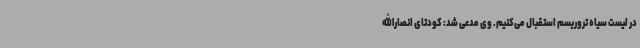
در لیست سیاه تروریسم استقبال می‌کنیم. وی مدعی شد: کودتای انصارالله